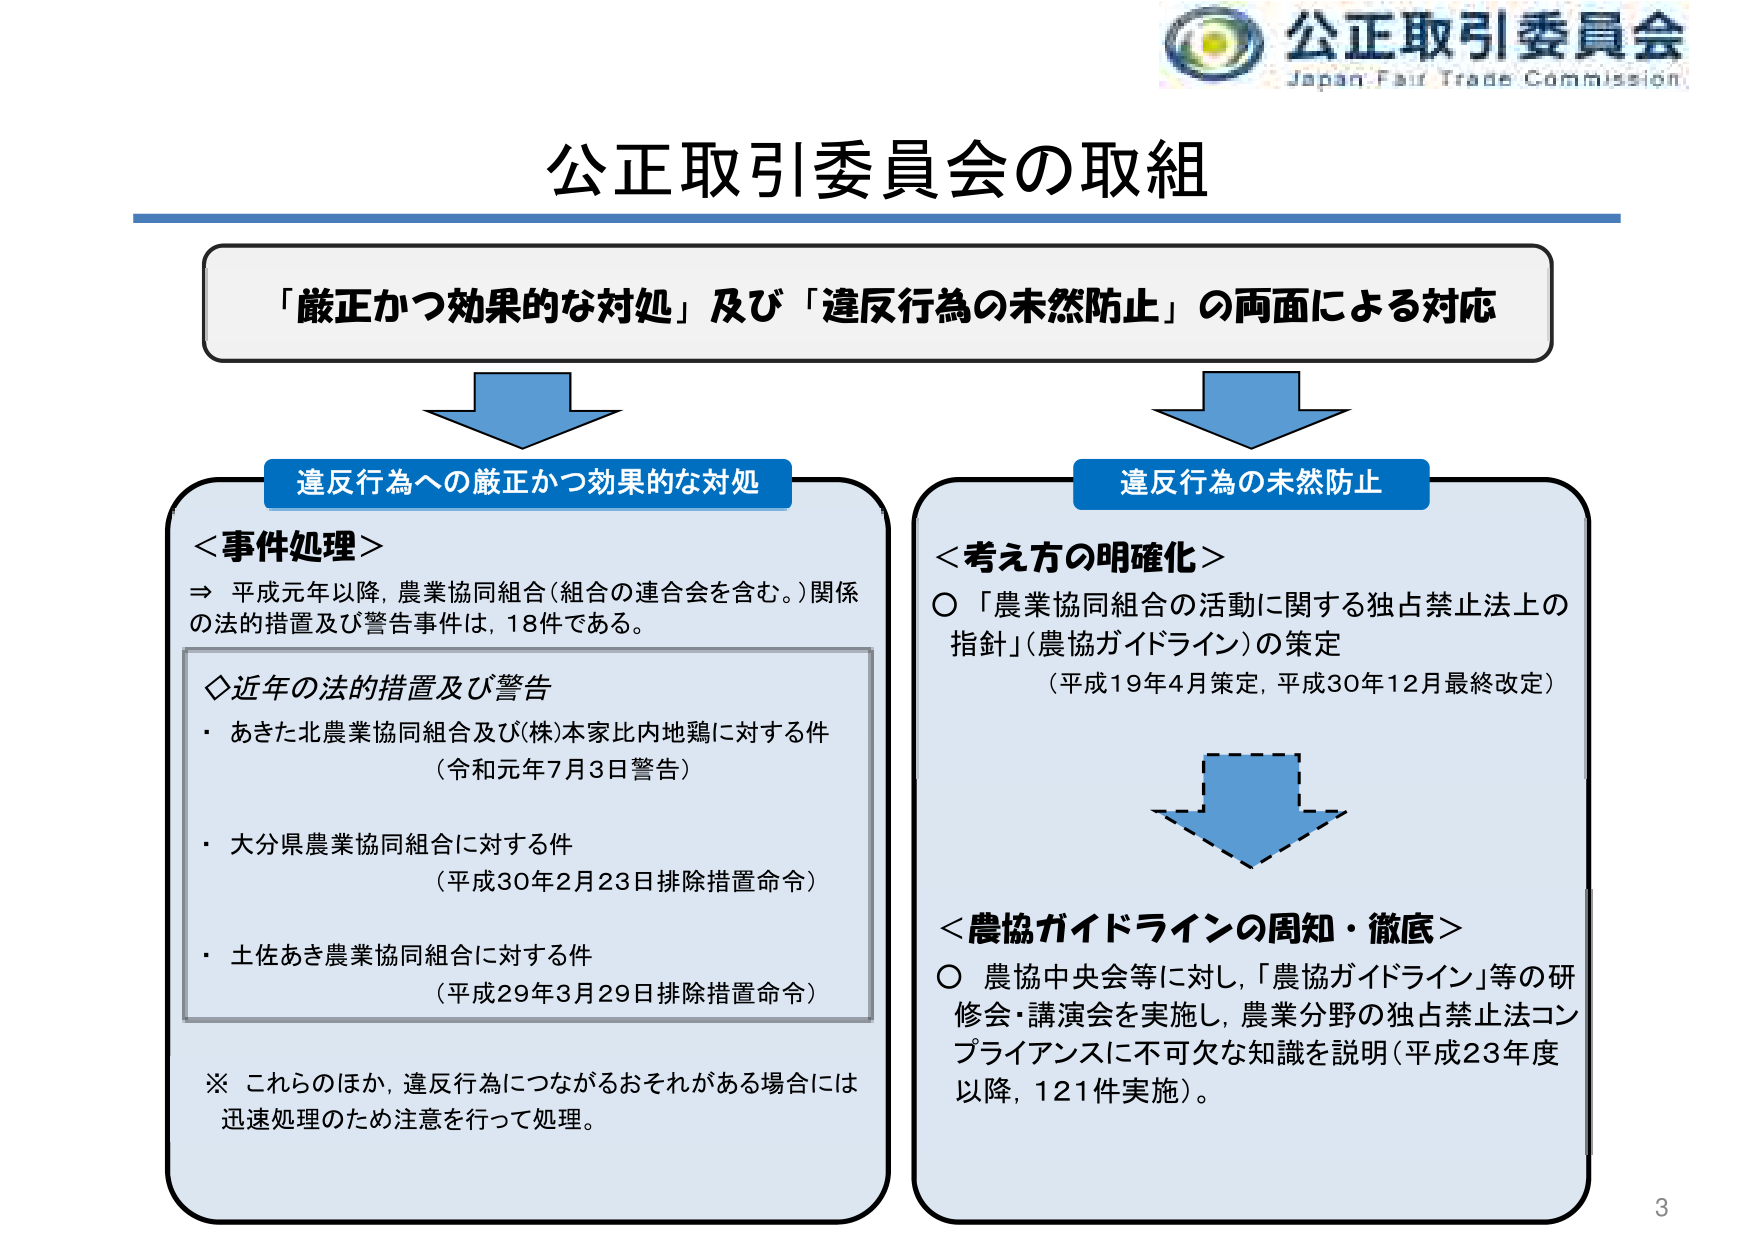
公正取引委員会
Japan Fair Trade Commission

公正取引委員会の取組

「厳正かつ効果的な対処」及び「違反行為の未然防止」の両面による対応

違反行為への厳正かつ効果的な対処
＜事件処理＞
⇒ 平成元年以降、農業協同組合（組合の連合会を含む。）関係の法的措置及び警告事件は、18件である。

◇近年の法的措置及び警告
・ あきた北農業協同組合及び(株)本家比内地鶏に対する件
（令和元年7月3日警告）
・ 大分県農業協同組合に対する件
（平成30年2月23日排除措置命令）
・ 土佐あき農業協同組合に対する件
（平成29年3月29日排除措置命令）

※ これらのか、違反行為につながるおそれがある場合には迅速処理のため注意を行って処理。

違反行為の未然防止
＜考え方の明確化＞
○ 「農業協同組合の活動に関する独占禁止法上の指針」（農協ガイドライン）の策定
（平成19年4月策定、平成30年12月最終改定）

＜農協ガイドラインの周知・徹底＞
○ 農協中央会等に対し、「農協ガイドライン」等の研修会・講演会を実施し、農業分野の独占禁止法コンプライアンスに不可欠な知識を説明（平成23年度以降、121件実施）。

3